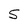
Character: S